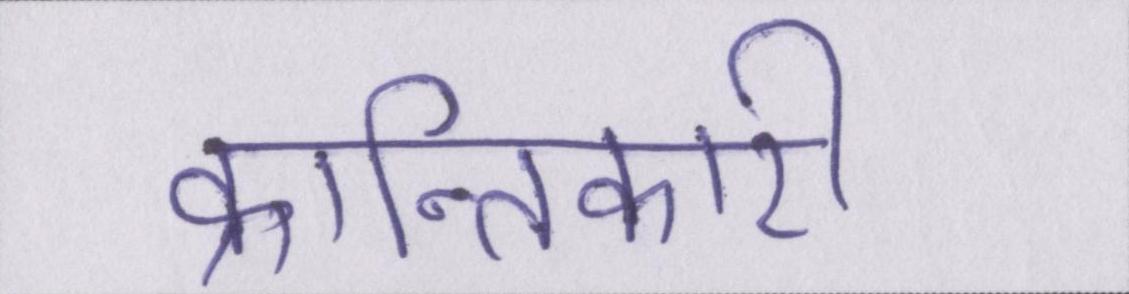
क्रान्तिकारी